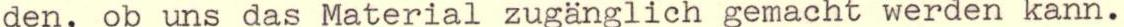
den, ob uns das Material zugänglich gemacht werden kann.